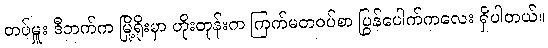
တပ်မှူး ဒီဘက်က မြို့ရိုးမှာ ဟိုးတုန်းက ကြက်မတဝပ်စာ ပြွန်ပေါက်ကလေး ရှိပါတယ်။